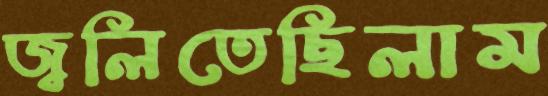
জ্বলিতেছিলাম